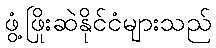
ဖွံ့ဖြိုးဆဲနိုင်ငံများသည်